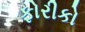
ફોરીકો